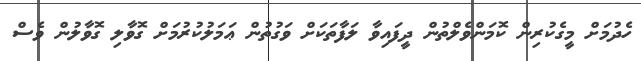
ހެދުމަށް މީގެކުރިން ކޮމަންވެލްތުން ދީފައިވާ ލަފާތަކަށް ވަގުތުން ޢަމަލުކުރުމަށް ގޮވާލި ގޮވާލުން ވެސް